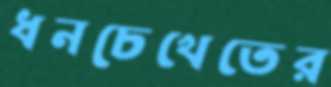
ধনচেখেতের